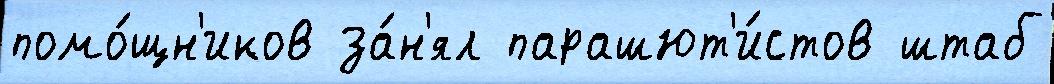
помо́щн'иков за́н'ял парашют'и́стов штаб